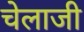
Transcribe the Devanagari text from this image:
चेलाजी